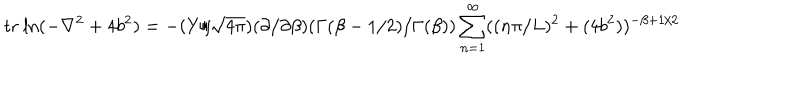
\mathrm { t r ~ l n } ( - \nabla ^ { 2 } + 4 b ^ { 2 } ) = - ( Y / \sqrt { 4 \pi } ) ( \partial / \partial \beta ) ( \Gamma ( \beta - 1 / 2 ) / \Gamma ( \beta ) ) \sum _ { n = 1 } ^ { \infty } ( ( n \pi / L ) ^ { 2 } + ( 4 b ^ { 2 } ) ) ^ { - \beta + 1 / 2 }